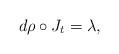
LaTeX: \begin{align*} d\rho \circ J_t = \lambda,\end{align*}